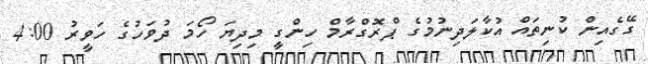
ގޭގެއިން ކުނިތައް އުކާލަދިނުމުގެ ޕްރޮގްރާމް ހިންގީ މިދިޔަ ހޯމަ ދުވަހުގެ ހަވީރު 4:00